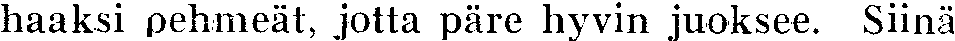
haaksi pehmeät, jotta päre hyvin juoksee. Siinä